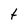
Character: t